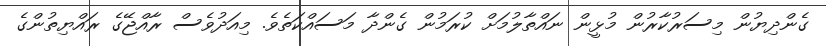
ގެންދިޔުން މިސަރުކާރުން މުޅީން ނައްތާލުމަށް ކުރަމުން ގެންދާ މަސައްކަތެވެ. މިއަދުވެސް ރާއްޖޭގެ ރައްޔިތުންގެ